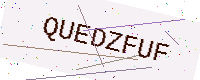
Text: QUEDZFUF